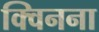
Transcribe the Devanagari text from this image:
क्विनना